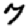
Digit: 7